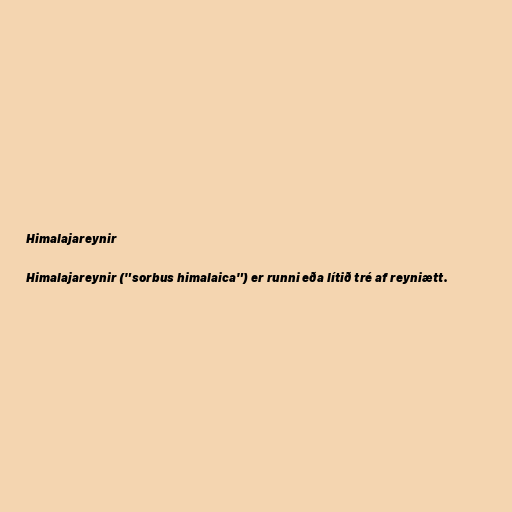
Himalajareynir

Himalajareynir ("sorbus himalaica") er runni eða lítið tré af reyniætt.